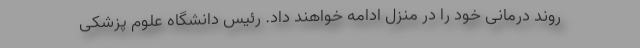
روند درمانی خود را در منزل ادامه خواهند داد. رئیس دانشگاه علوم پزشکی